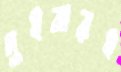
দুইবারই